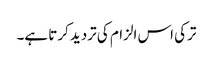
ترکی اس الزام کی تردید کرتا ہے۔